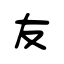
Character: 友